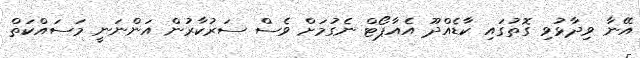
އޭނާ ވިދާޅުވި ގޮތުގައި ކާޑެއްދޫ އެއާޕޯޓް ނެގުމަށް ވެސް ސަރުކާރުން އަންނަނީ މަސައްކަތް